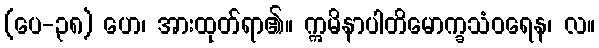
(ပေ-၃၈) ဟေ၊ အားထုတ်ရာ၏။ ဣမိနာပါတိမောက္ခသံဝရေန၊ လ။